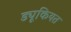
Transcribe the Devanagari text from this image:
ड्यूकियत